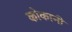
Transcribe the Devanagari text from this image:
कोकानी